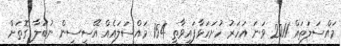
މައްސަލަތައް 2011 ވަނަ އަހަރު ހުށަހަޅާފައިވާތީ 154 މައްސަލައެއް އޭސީސީން ނުބަލާ ގޮތަށް